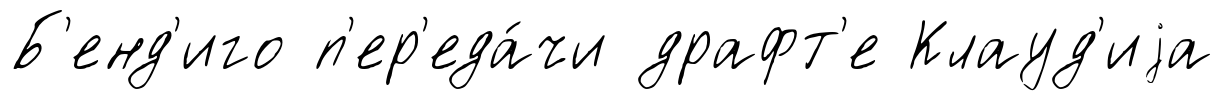
Б'енд'иго п'ер'еда́чи драфт'е Клауд'иjа